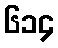
၆၁၄